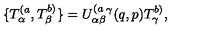
\{ T _ { \alpha } ^ { ( a } , T _ { \beta } ^ { b ) } \} = U _ { \alpha \beta } ^ { ( a } { } ^ { \gamma } ( q , p ) T _ { \gamma } ^ { b ) } ,